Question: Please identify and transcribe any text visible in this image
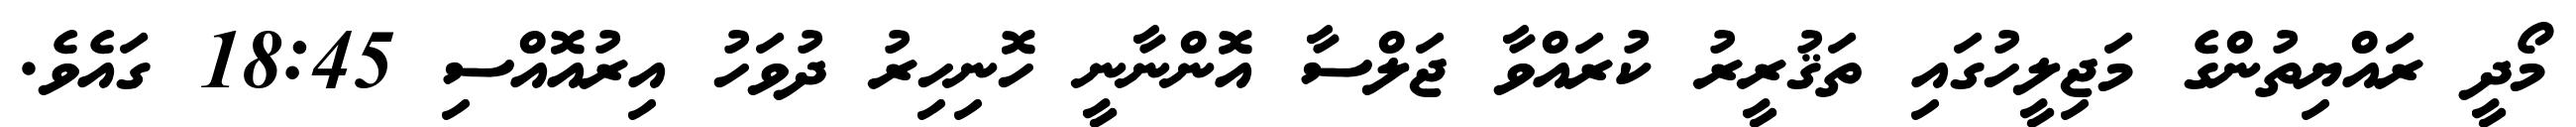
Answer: މޯދީ ރައްޔިތުންގެ މަޖިލީހުގައި ތަޤުރީރު ކުރައްވާ ޖަލްސާ އޮންނާނީ ހޮނިހިރު ދުވަހު އިރުއޮއްސި 18:45 ގައެވެ.